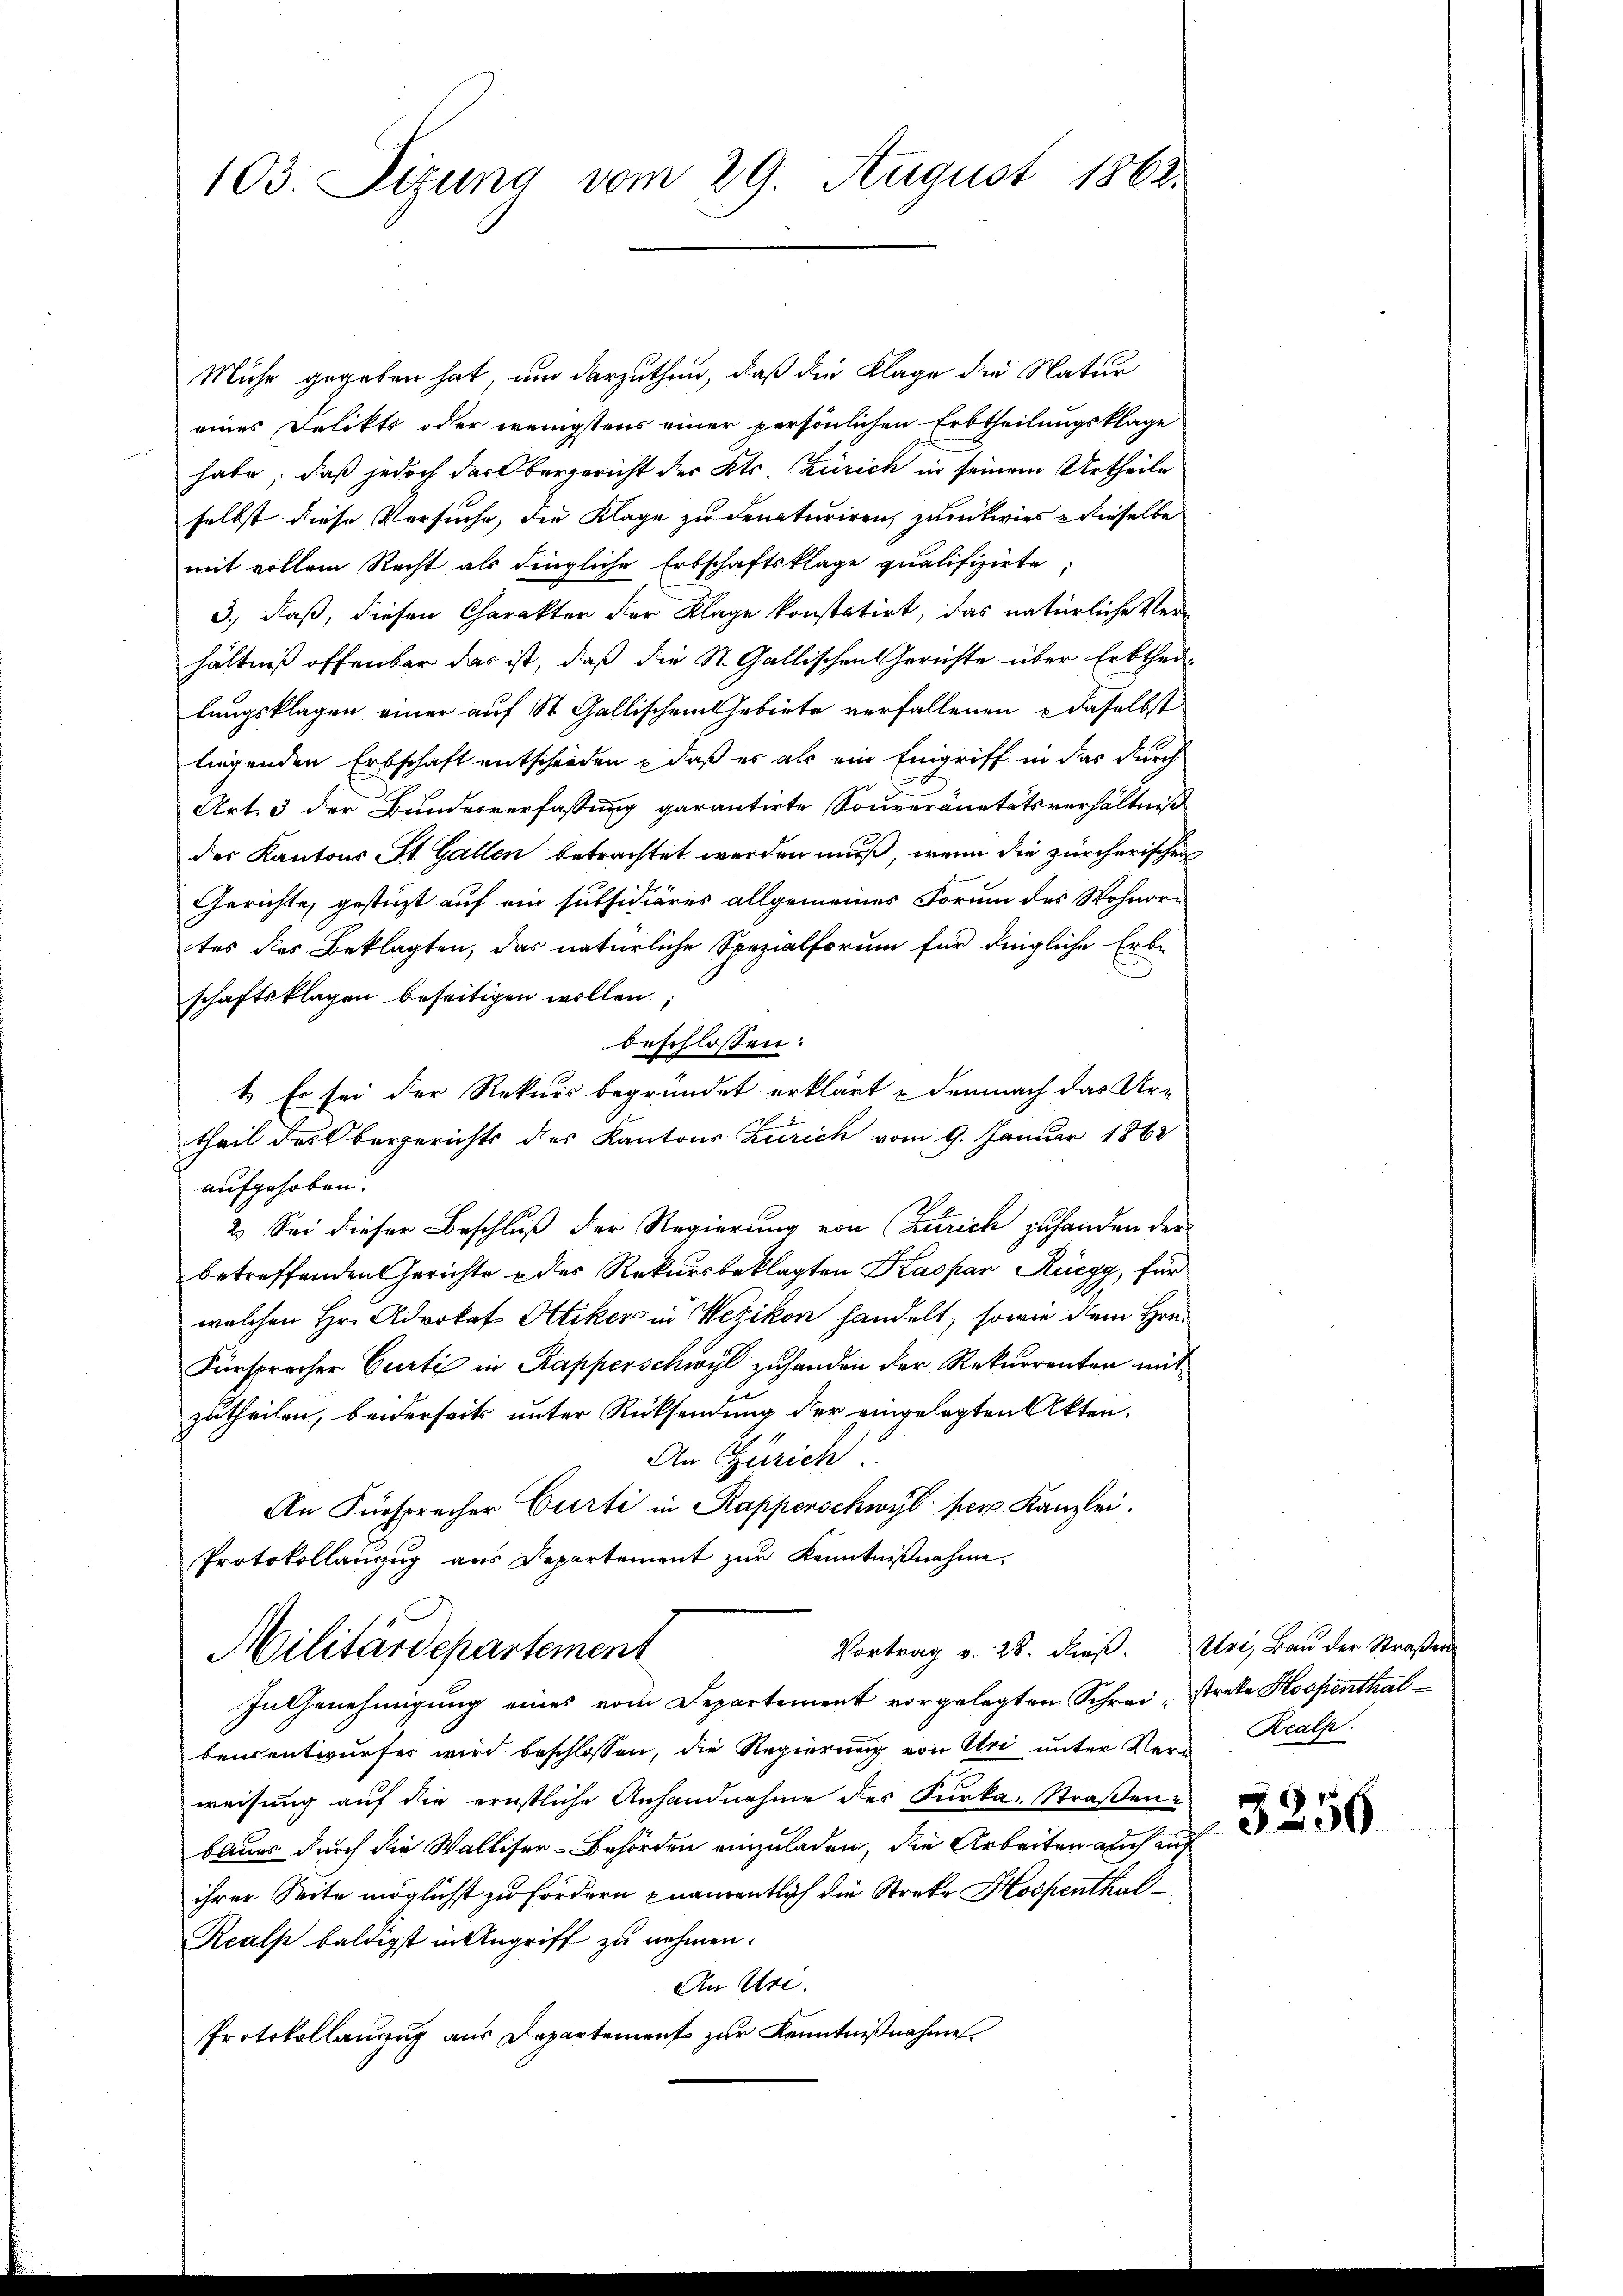
103. Situng vom 29. August 1862.

Mühe gegeben hat, um darzuthun, daß die Klage die Natur
eines Delikts oder wenigstens einer persönlichen Erbtheilungsklage
habe, daß jedoch der Obergericht des Kts. Zürich in seinem Urtheile
selbst diese Versuche, die Klage zu denaturiren, zurückwies & dieselbe
mit vollem Recht als dingliche Erbschaftsklage qualifizirte
3.) Daß, diesen Charakter der Klage konstatirt, das natürliche Verhältniß offenbar das ist, daß die St. Gallischen Gerichte über Erbtheilungsklagen einer auf St. Gallischem Gebiete verfallenen daselbst
liegenden Erbschaft entscheiden , daß es als ein Eingriff in das durch
Art. 3 der Bundesverfassung garantirte Souveränetätsverhältniß
der Kantons St. Gallen betrachtet werden muß, wenn die zürcherischen
Gerichte, gestüzt auf ein subsidiäres allgemeines Forum des Wohnortes des Beklagten, das natürliche Spezialforum für dingliche Erb-
schaftsklagen beseitigen wollen
beschlossen:
1.) Es sei der Rekurs begründet erklärt & demnach das Ur-
8
theil des Obergerichts des Kantons Zürich vom 9. Januar 1862
aufgehoben.
2. Sei dieser Beschluß der Regierung von Zürich zu handen der
betreffenden Gerichte u des Rekursbeklagten Kaspar Rüegg, für
welchen Hr. Advokat Altiker in Wezikon handelt, sowie dem Hrn.
Fürspracher Curti in Rapperschwyl zu handen der Rekurrenten mit
zutheilen, beiderseits unter Rücksendung der eingelegten Akten.
An Zürich
An Fürsprecher Curti in Rappenschwyl per Kanzlei.
Protokollauszug aus Departement zur Kenntnißnahme.
Vortrag v. 28. Fuß. Uri, Bau der Straßen
Militärdepartement
In Genehmigung eines vom Departement vorgelegten Schrei- streke Hospenthalbensentwurfes wird beschlossen, die Regierung von Uri unter Ver- Kralp
weisung auf die ernstliche Anhandnahme des Furka-Straßen u.
bauer durch die Walliser-Behörden einzuladen, die Arbeiten auch aus
ihrer Seite möglichst zu fördern pnamentlich die Streke Hospenthal¬
Realp baldigst in Angriff zu nehmen.
An Uri.
Protokollauszug aus Departement zur Kenntnißnahme

3256